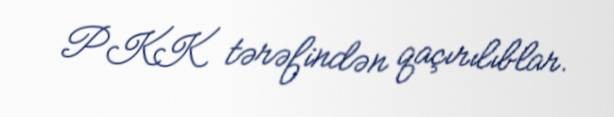
PKK tərəfindən qaçırılıblar.